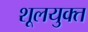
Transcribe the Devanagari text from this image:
शूलयुक्त